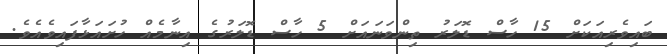
ބައިވެރިއަކަށް 15 ހާސް ޑޮލަރު ތިންވަނައަށް 5 ހާސް ޑޮލަރުގެ އިނާމެއް ހުށައަޅާފައިވެއެވެ.